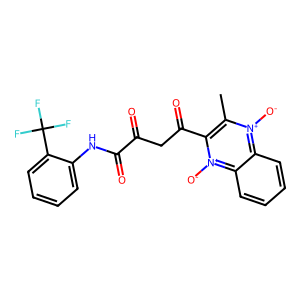
SMILES: Cc1c(C(=O)CC(=O)C(=O)Nc2ccccc2C(F)(F)F)[n+]([O-])c2ccccc2[n+]1[O-]
Inhibits HIV replication: No